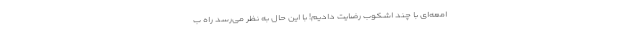
امعه‌ای با چند اُشکوب رضایت دادیم! با این حال به نظر می‌رسد راه ب